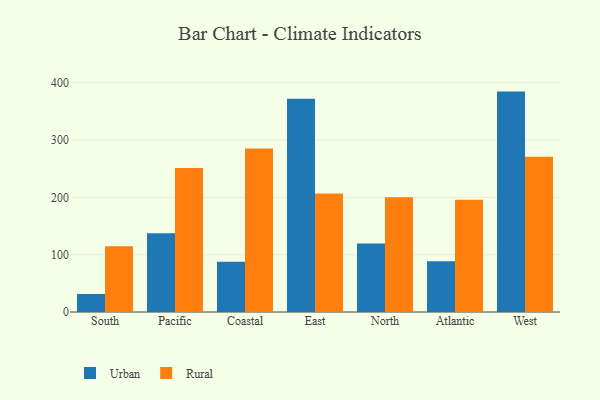
{"axis": {"x": "Region", "y": "Market Share (%)"}, "legend": ["Rural", "Urban"], "data": [{"x": "South", "y": 31.5, "type": "Urban"}, {"x": "South", "y": 114.8, "type": "Rural"}, {"x": "Pacific", "y": 137.3, "type": "Urban"}, {"x": "Pacific", "y": 251.3, "type": "Rural"}, {"x": "Coastal", "y": 87.7, "type": "Urban"}, {"x": "Coastal", "y": 285.3, "type": "Rural"}, {"x": "East", "y": 372.1, "type": "Urban"}, {"x": "East", "y": 206.9, "type": "Rural"}, {"x": "North", "y": 119.4, "type": "Urban"}, {"x": "North", "y": 200.2, "type": "Rural"}, {"x": "Atlantic", "y": 88.6, "type": "Urban"}, {"x": "Atlantic", "y": 195.7, "type": "Rural"}, {"x": "West", "y": 384.6, "type": "Urban"}, {"x": "West", "y": 270.8, "type": "Rural"}]}